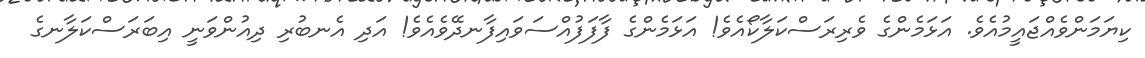
ކިޔަމަންވެއްޖައީމުއެވެ. އަޅަމެންގެ ވެރިރަސްކަލާކޯއެވެ! އަޅަމެންގެ ފާފަފުއްސަވައިފާނދޭވެއެވެ! އަދި އެނބުރި ދިއުންވަނީ އިބަރަސްކަލާނގެ